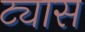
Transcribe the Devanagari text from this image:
ट्यास